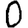
Digit: 0